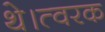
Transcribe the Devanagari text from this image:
थे।त्वरक